Report on the lunatic asylums under the Government of Bombay - 1904-1913
Year: 1904
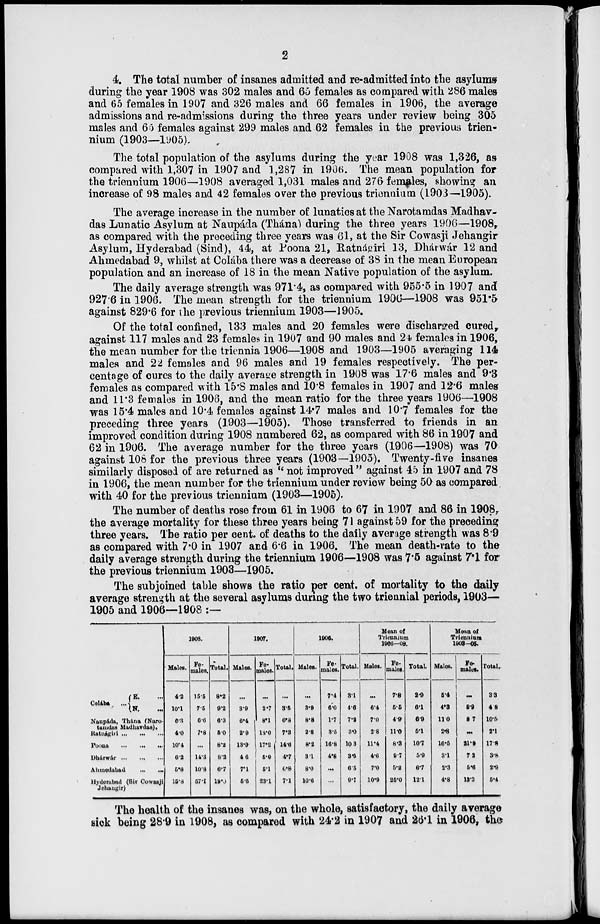
2
4. The total number of insanes admitted and re-admitted into the asylums
during the year 1908 was 302 males and 65 females as compared with 286 males
and 65 females in 1907 and 326 males and 66 females in 1906, the average
admissions and re-admissions during the three years under review being 305
males and 60 females against 299 males and 62 females in the previous trien-
nium (1903—1905).
The total population of the asylums during the year 1908 was 1,326, as
compared with 1,307 in 1907 and 1,287 in 1906. The mean population for
the triennium 1906—1908 averaged 1,031 males and 276 females, showing an
increase of 98 males and 42 females over the previous triennium (1903—1905).
The average increase in the number of lunatics at the Narotamdas Madhav-
das Lunatic Asylum at Naupáda (Thána) during the three years 1906—1908,
as compared with the preceding three years was 61, at the Sir Cowasji Jehangir
Asylum, Hyderabad (Sind), 44, at Poona 21, Ratnágiri 13, Dhárwár 12 and
Ahmedabad 9, whilst at Colába there was a decrease of 38 in the mean European
population and an increase of 18 in the mean Native population of the asylum.
The daily average strength was 971.4, as compared with 955.5 in 1907 and
927.6 in 1906. The mean strength for the triennium 1906—1908 was 951.5
against 829.6 for the previous triennium 1903—1905.
Of the total confined, 133 males and 20 females were discharged cured,
against 117 males and 23 females in 1907 and 90 males and 24 females in 1906,
the mean number for the triennia 1906—1908 and 1903—1905 averaging 114
males and 22 females and 96 males and 19 females respectively. The per-
centage of cures to the daily average strength in 1908 was 17.6 males and 9.3
females as compared with 15.8 males and 10.8 females in 1907 and 12.6 males
and 11.3 females in 1906, and the mean ratio for the three years 1906—1908
was 15.4 males and 10.4 females against 14.7 males and 10.7 females for the
preceding three years (1903—1905). Those transferred to friends in an
improved condition during 1908 numbered 62, as compared with 86 in 1907 and
62 in 1906. The average number for the three years (1906—1908) was 70
against 108 for the previous three years (1903—1905). Twenty-five insanes
similarly disposed of are returned as " not improved " against 45 in 1907 and 78
in 1906, the mean number for the triennium under review being 50 as compared
with 40 for the previous triennium (1903—1905).
The number of deaths rose from 61 in 1906 to 67 in 1907 and 86 in 1908,
the average mortality for these three years being 71 against 59 for the preceding
three years. The ratio per cent. of deaths to the daily average strength was 8.9
as compared with 7.0 in 1907 and 6.6 in 1906. The mean death-rate to the
daily average strength during the triennium 1906—1908 was 7.5 against 7.1 for
the previous triennium 1903—1905.
The subjoined table shows the ratio per cent. of mortality to the daily
average strength at the several asylums during the two triennial periods, 1903—
1905 and 1906—1908 :—
Colába
...
E. ...
N.
...
Naupáda, Thána (Naro-
tamdas Madhavdas).
Ratnágiri ... ... ...
Poona
...
...
...
Dhárwár
...
...
...
Ahmedabad
...
...
Hyderabad (Sir Cowasji
Jehangir)
1908.
Males.
4.2
10.1
6.3
4.0
10.4
6.2
5.8
15.8
Fe-
males.
15.5
7.5
6.6
7.8
...
14.3
10.8
57.1
Total.
8.2
9.2
6.3
5.0
8.2
8.2
6.7
18.0
1907.
Males.
...
3.9
6.4
2.9
13.9
4.6
7.1
5.5
Fe-
males.
...
2.7
8.1
18.0
17.2
5.0
5.1
23.1
Total.
...
3.5
6.8
7.3
14.6
4.7
6.8
7.1
1906.
Males.
...
3.9
8.8
2.8
8.2
3.1
8.0
10.6
Fe-
males.
7.4
6.0
1.7
3.5
16.8
4.8
...
...
Total.
3.1
4.6
7.2
3.0
10.3
3.5
6.5
9.7
Mean of
Triennium
1906—08.
Males.
...
6.4
7.0
2.8
11.4
4.6
7.0
10.9
Fe-
males.
7.8
5.5
4.9
11.0
8.3
9.7
5.2
25.0
Total.
2.9
6.1
6.9
5.1
10.7
5.9
6.7
12.1
Mean of
Triennium
1903-05.
Males.
5.4
4.3
11.0
2.8
16.5
3.1
2.3
4.8
Fe-
males.
...
5.9
8.7
...
21.9
7.2
5.6
13.3
Total.
3.3
4.8
10.5
2.1
17.8
3.8
2.9
5.4
The health of the insanes was, on the whole, satisfactory, the daily average
sick being 28.9 in 1908, as compared with 24.2 in 1907 and 26.1 in 1906, the